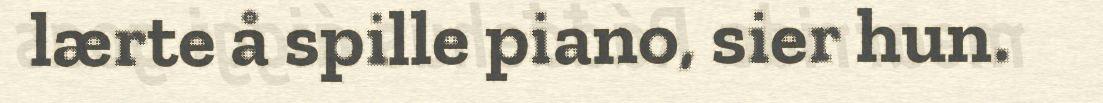
lærte å spille piano, sier hun.